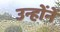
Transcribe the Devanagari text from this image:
उन्हाेंनें